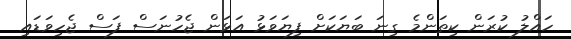
ހައްލު ކުރަން ކިތަންމެ ގިނަ ބަޔަކަށް ފިޔަވަޅު އަޅަން ޖެހުނަސް ފަސް ޖެހިވަޑައި